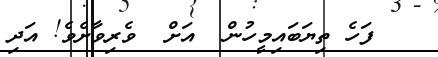
ފަހެ ތިޔަބައިމީހުން  އަށް  ވެރިވާށެވެ! އަދި